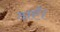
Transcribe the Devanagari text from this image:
दाएँ।